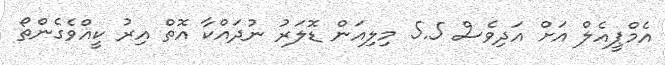
އެމްޕީއެލް އަށް އަދިވެސް 5.5 މިލިއަން ޑޮލަރު ނުދައްކާ އޮތް އިރު ކީއްވެގެންތޯ